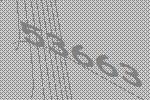
53663